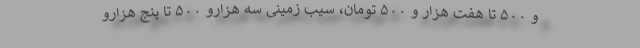
و ۵۰۰ تا هفت هزار و ۵۰۰ تومان، سیب زمینی سه هزارو ۵۰۰ تا پنج هزارو